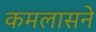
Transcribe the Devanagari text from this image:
कमलासने